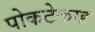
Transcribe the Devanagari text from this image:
पोकटेकाह